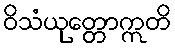
ဝိသံယုတ္တောဣတိ